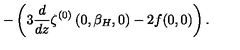
- \left( 3 { \frac { d } { d z } } \zeta ^ { ( 0 ) } \left( 0 , \beta _ { H } , 0 \right) - 2 f ( 0 , 0 ) \right) .